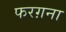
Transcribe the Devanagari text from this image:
फरग़ना